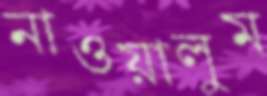
নাওয়ালুম